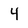
Character: 4